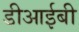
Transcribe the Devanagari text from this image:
डीआईबी